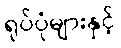
ရုပ်ပုံများနှင့်